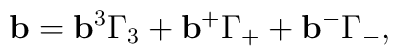
{\bf b}={\bf b}^3\Gamma_3+{\bf b}^+\Gamma_+ +{\bf b}^-\Gamma_-,